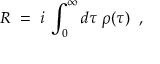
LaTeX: R \; = \; i \; \int _ { 0 } ^ { \infty } d \tau \; \rho ( \tau ) \; \; ,